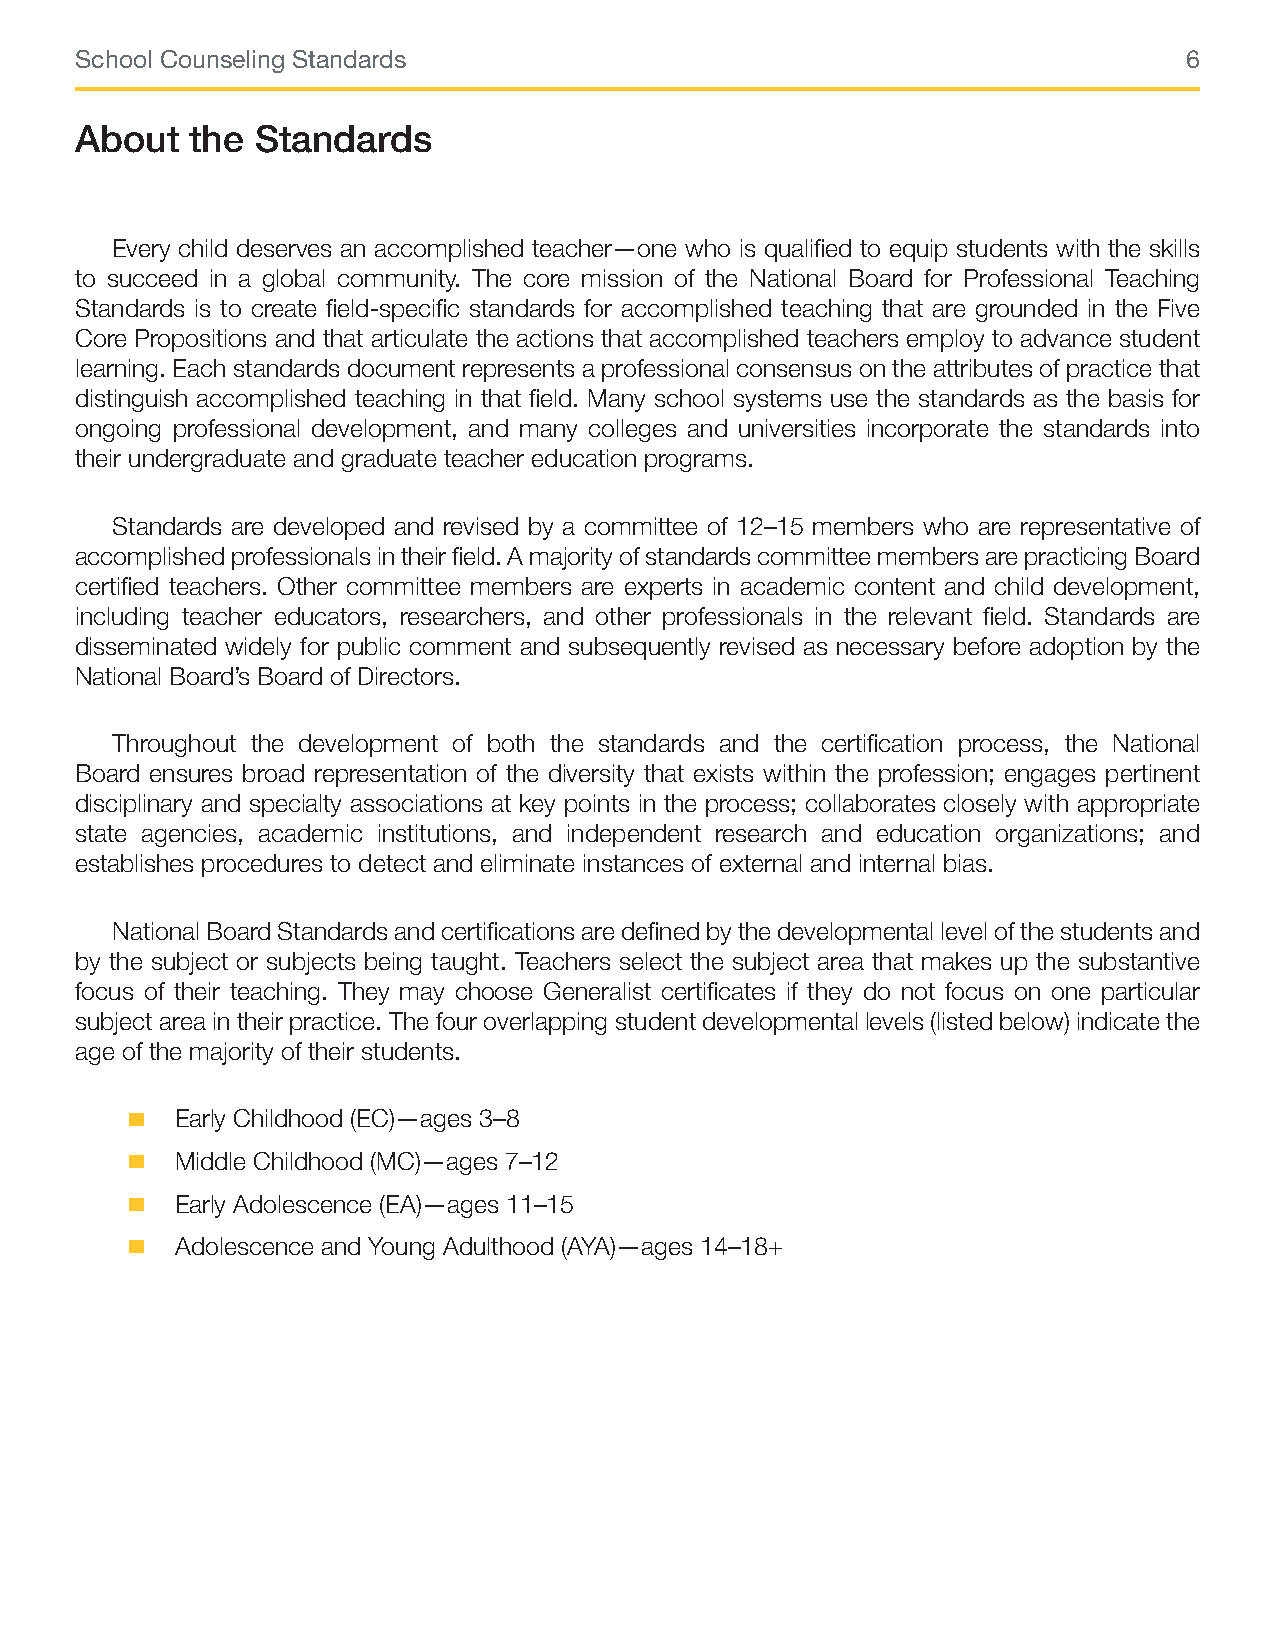
School Counseling Standards                                               6
 About   the Standards
 Every child deserves an accomplished teacher—one who is qualified to equip students with the skills
 to succeed in a global community. The core mission of the National Board for Professional Teaching
 Standards is to create field-specific standards for accomplished teaching that are grounded in the Five
 Core Propositions and that articulate the actions that accomplished teachers employ to advance student
 learning. Each standards document represents a professional consensus on the attributes of practice that
 distinguish accomplished teaching in that field. Many school systems use the standards as the basis for
 ongoing professional development, and many colleges and universities incorporate the standards into
 their undergraduate and graduate teacher education programs.
 Standards are developed and revised by a committee of 12–15 members who are representative of
 accomplished professionals in their field. A majority of standards committee members are practicing Board
 certified teachers. Other committee members are experts in academic content and child development,
 including teacher educators, researchers, and other professionals in the relevant field. Standards are
 disseminated widely for public comment and subsequently revised as necessary before adoption by the
 National Board’s Board of Directors.
 Throughout the development of both the standards and the certification process, the National
 Board ensures broad representation of the diversity that exists within the profession; engages pertinent
 disciplinary and specialty associations at key points in the process; collaborates closely with appropriate
 state agencies, academic institutions, and independent research and education organizations; and
 establishes procedures to detect and eliminate instances of external and internal bias.
 National Board Standards and certifications are defined by the developmental level of the students and
 by the subject or subjects being taught. Teachers select the subject area that makes up the substantive
 focus of their teaching. They may choose Generalist certificates if they do not focus on one particular
 subject area in their practice. The four overlapping student developmental levels (listed below) indicate the
 age of the majority of their students.
 .
 Early Childhood (EC)—ages 3–8
 .
 Middle Childhood (MC)—ages 7–12
 .
 Early Adolescence (EA)—ages 11–15
 .
 Adolescence and Young Adulthood (AYA)—ages 14–18+